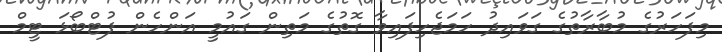
މިފަހަރުގެ މުބާރާތުގެ ގަވައިދު ހަމަޖެހިފައިވާ ގޮތުގެ މަތިން ގައުމީ އަންހެން ފުޓްބޯޅަ ޓީމް